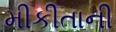
મીકીતાની